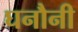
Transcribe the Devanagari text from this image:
घनौनी